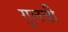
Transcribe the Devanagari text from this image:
गुलची